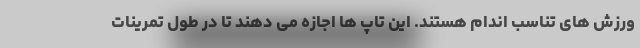
ورزش های تناسب اندام هستند. این تاپ ها اجازه می دهند تا در طول تمرینات